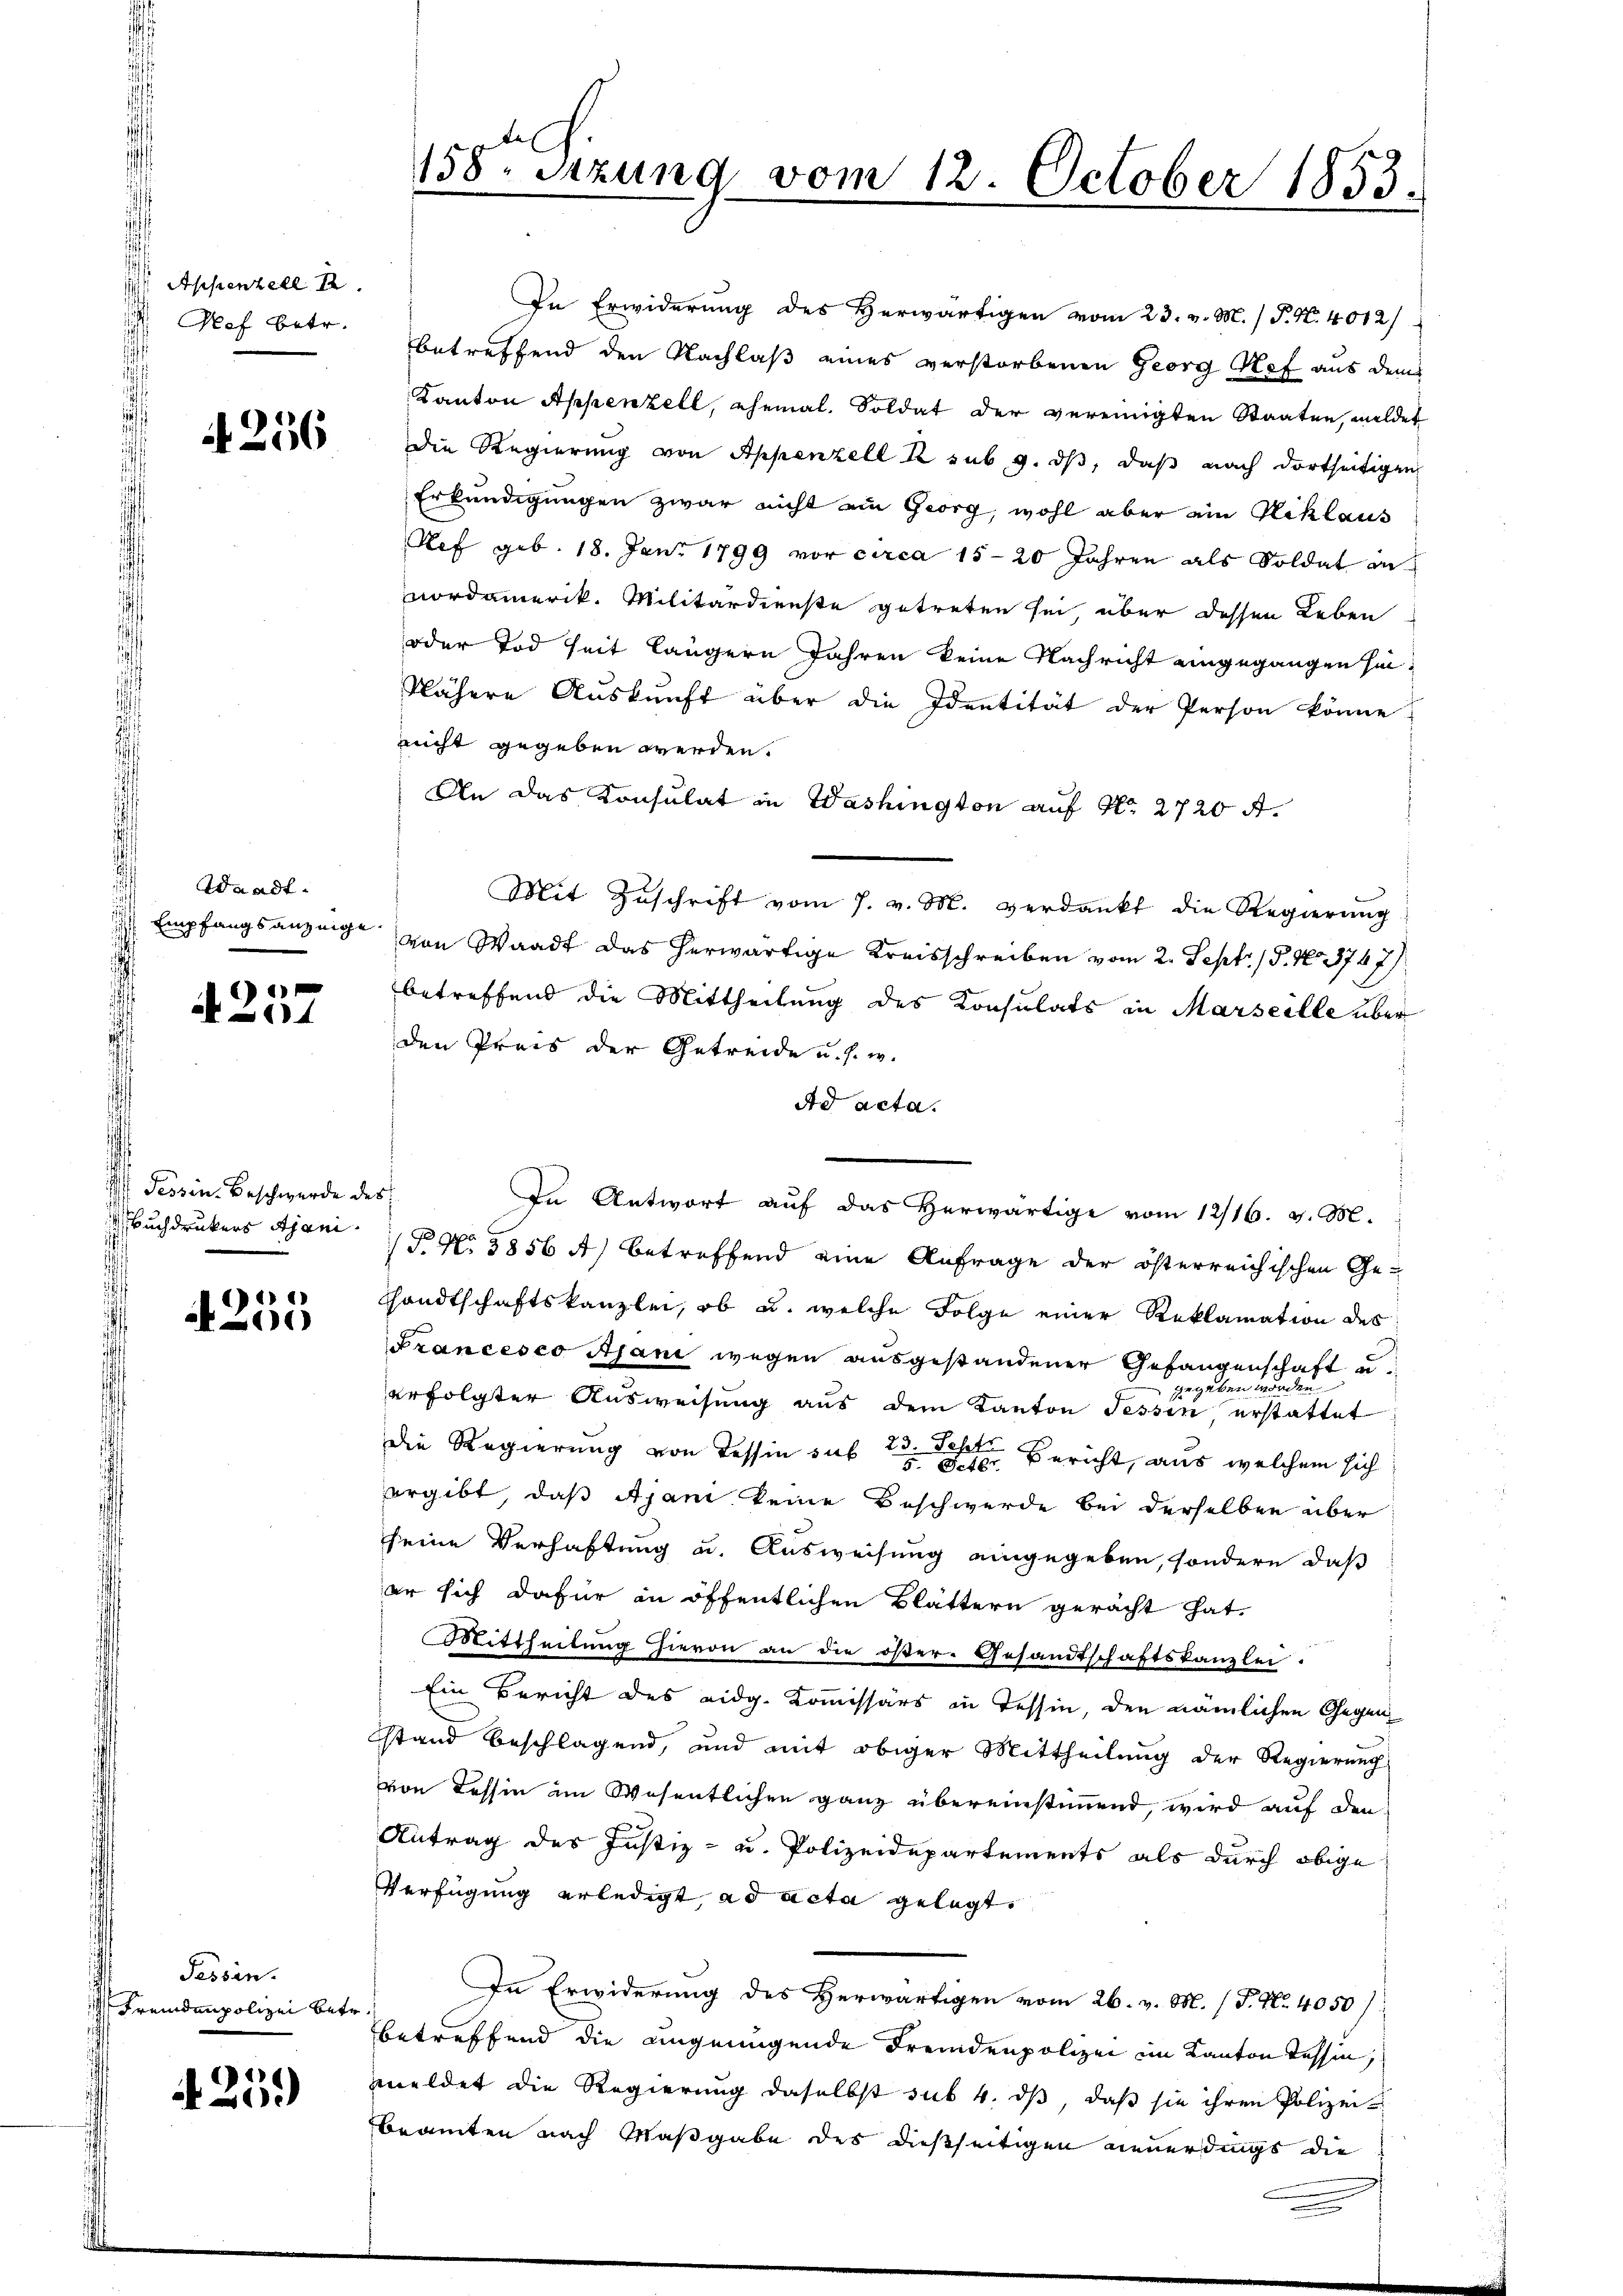
ih Appenzell I.
Pof betr.

A 256

Waadt.
Empfangsanzeige

6
14

Fessen. Beschwerde des
Buchdruckers Ajani.

)
)

Fessen.
Fremdenpolizei betr.

A 259

de
158. Sitzung vom 12. October 1853.

nicht gegeben werden.
An das Konsulat in Washington auf No 2720 A
Mit Zŭschrift vom 7. v. M. verdankt die Regierŭng
von Waadt das herwärtige Kreisschreiben vom 2. Sept. 18. No 3747)
betreffend die Mittheilung des Konsulats in Marseille über
den Preis der Getreide u. s. w.
Ad acta.
In Antwort auf das Herwärtige vom 12/16. v. M.
(P. N. 3856 A) betreffend eine Anfrage der österreichischen Ge-
Handtschaftskanzlei, ob u. welche Folge einer Reklamation des
Francesco Ajani wegen ausgestandener Gefangenschaft u
zegeben worden.
erfolgter Ausweisung aus dem Kanton Tessin erstattet
die Regierung von Tessin sub 2 Bericht, aus welchem sich
ergibt, daß Ajani keine Beschwerde bei derselben über
seine Verhaftung u. Ausweisung eingegeben, sondern daß
er sich dafür in öffentlichen Blättern geracht hat.
Mittheilung hievon an die öster- Gesandtschaftskanzlei.
Ein Bericht des eidg. Kommissärs in Tessin, den nämlichen Gegenstand beschlagend, und mit obiger Mittheilung der Regierung
von Tessin im Wesentlichen ganz übereinstimmend wird auf den
Antrag des Justiz- u. Polizeidepartements als durch obige
Verfügung erledigt, ad acta gelegt,
In Erwiderung des Herwärtigen vom 26. v. M. (T. No. 4050/
betreffend die angenügende Fremdenpolizei im Kanton Tessin,
meldet die Regierung daselbst sub 4. dβ, daß sie ihren Polizei-
beamten nach Maßgabe des dießseitigen neuerdings die

In Erwiderung des Herwärtigen vom 23. v. M. / P. N. 4012/
betreffend den Nachlaß eines verstorbenen Georg Stef aus dem
Kanton Appenzell, ehemal. Soldat der vereinigten Staaten, meldet
die Regierung von Appenzell 2 sub. 9. ds, daß nach dortseitigen
Erkundigungen zwar nicht ein Georg, wohl aber ein Hiklaus
Ref geb. 18. Jan. 1799 vor circa 15-20 Jahren als Soldat an
nordamerik. Militärdienste getreten sei über dessen Leben
oder Tod seit längern Jahren keine Nachricht eingegangen sei,
Nähere Auskunft über die Identität der Person könne